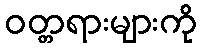
ဝတ္တရားများကို